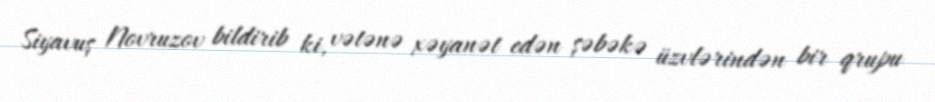
Siyavuş Novruzov bildirib ki, vətənə xəyanət edən şəbəkə üzvlərindən bir qrupu